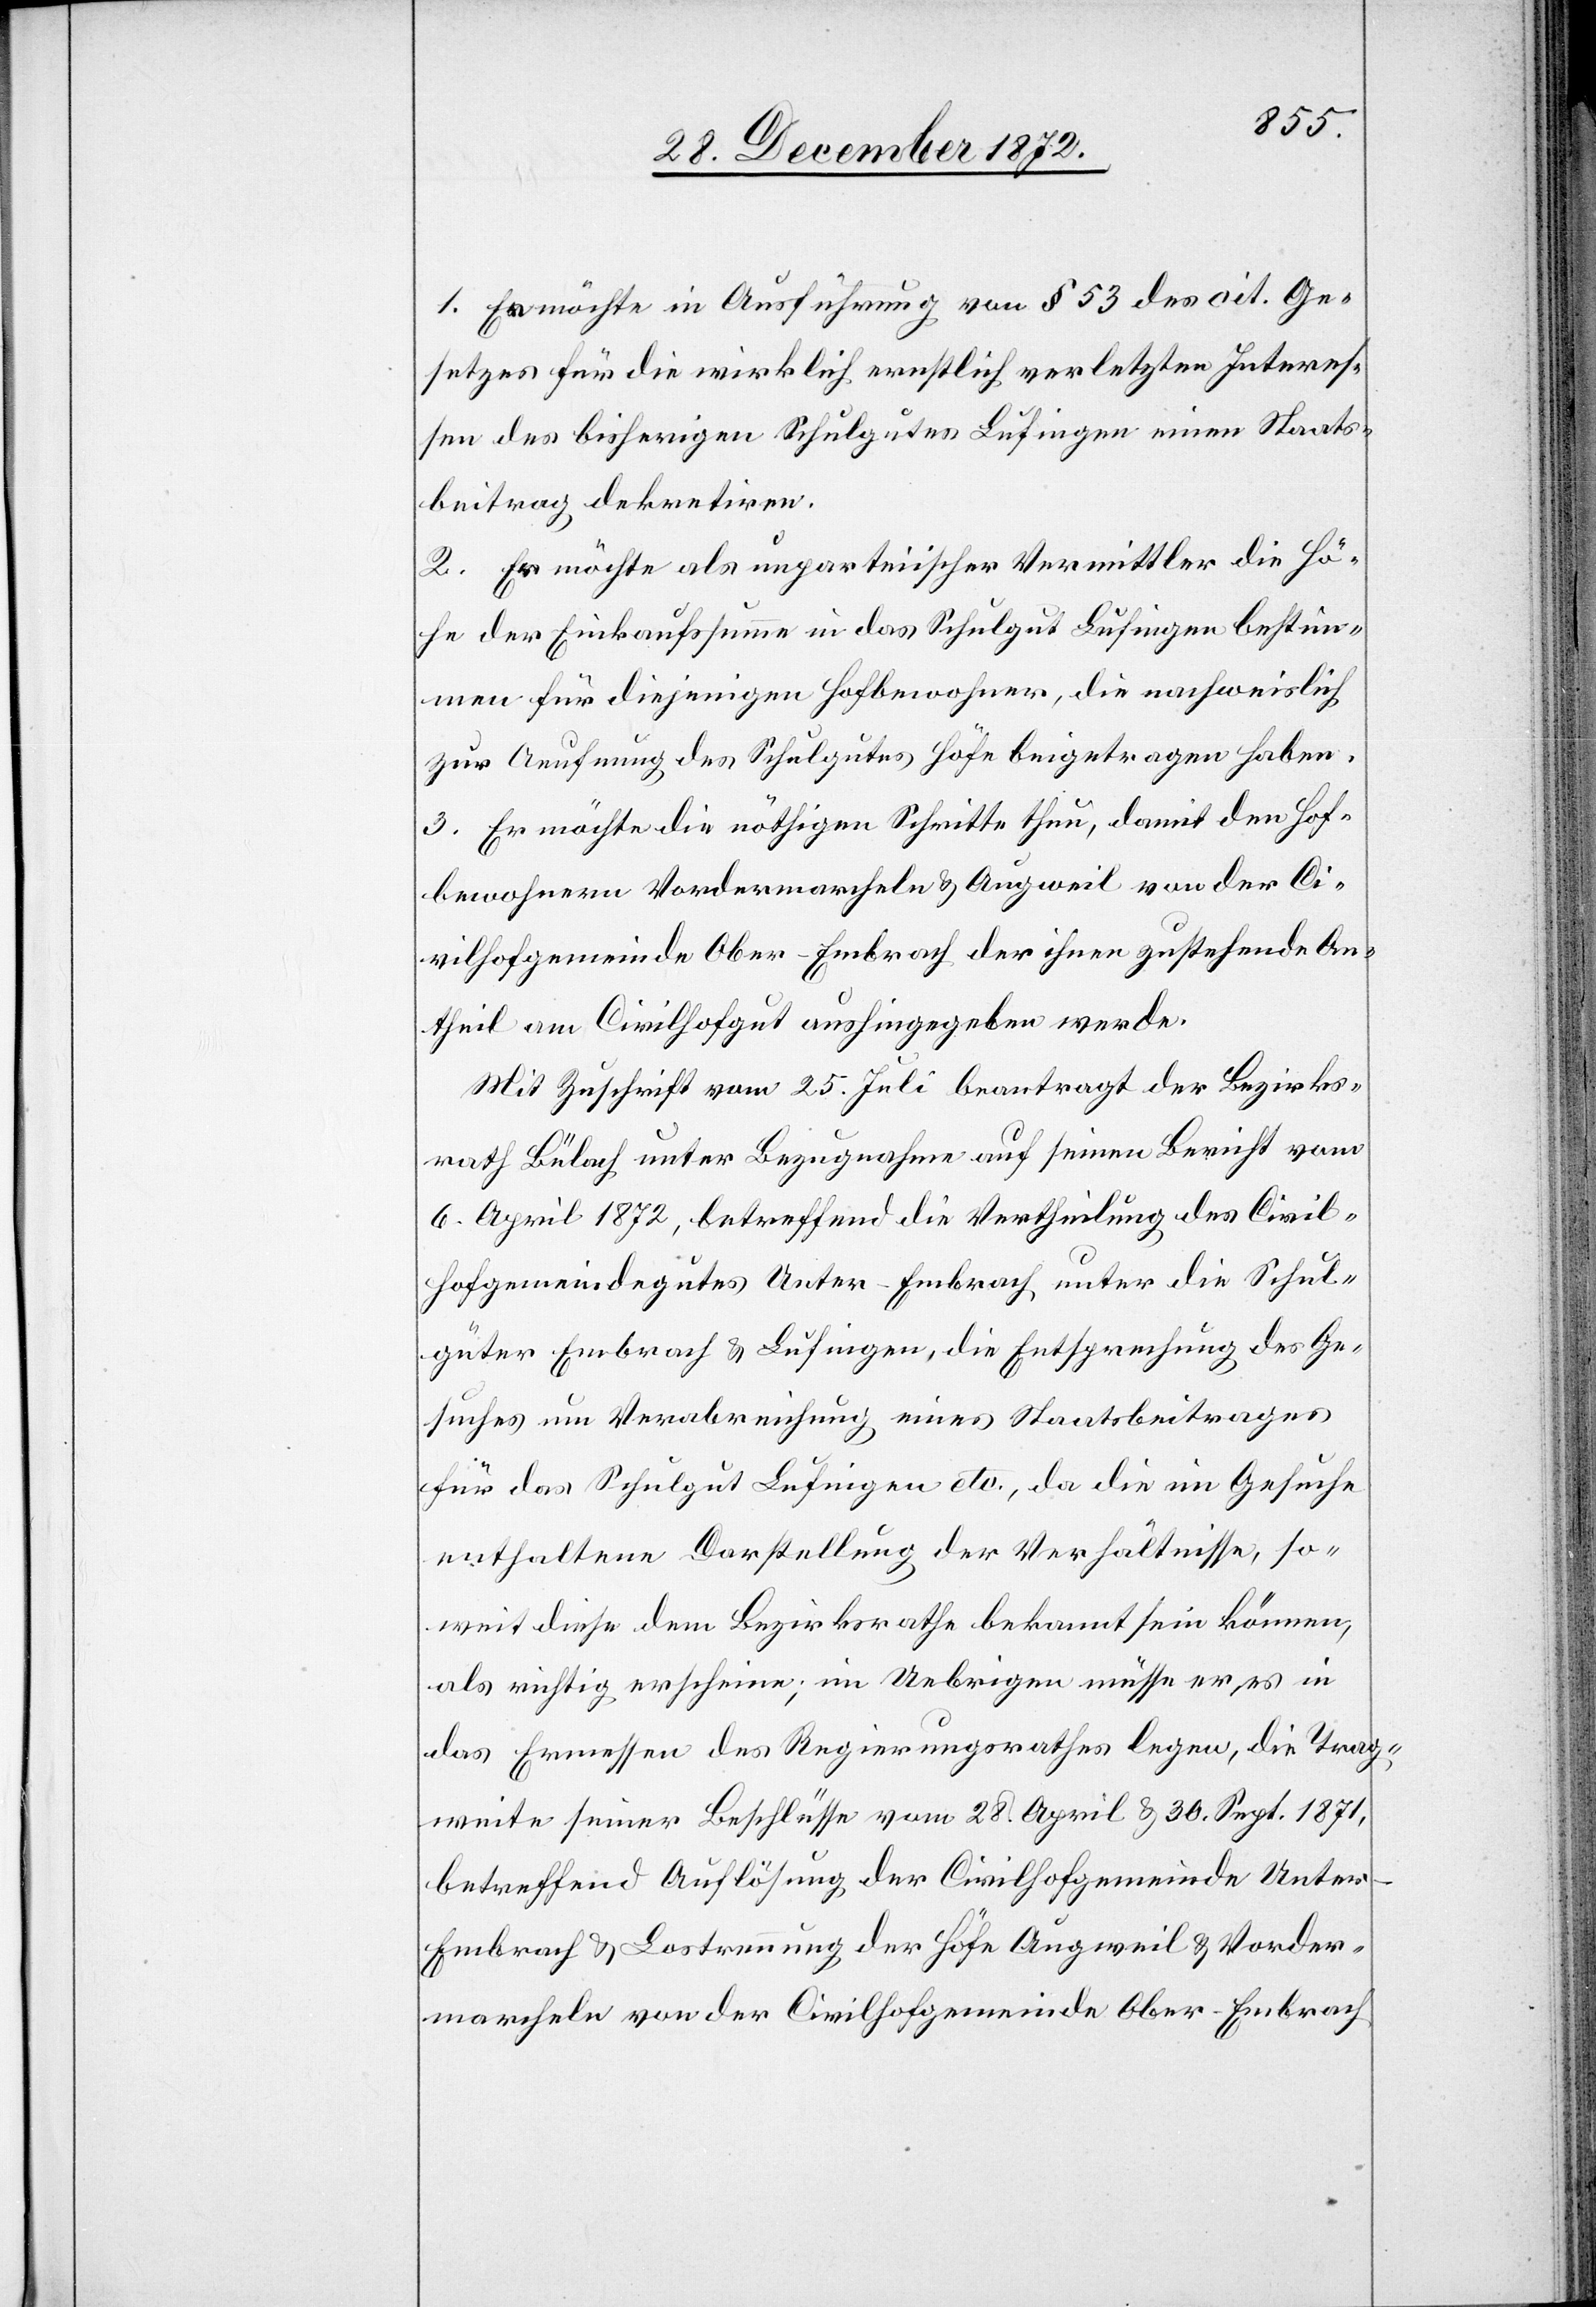
1. Es möchte in Ausführung von § 53 des cit. Ge¬
setzes für die wirklich ernstlich verletzten Interes¬
sen des bisherigen Schulgutes Lufingen einen Staats¬
beitrag dekretiren.
2. Er möchte als unparteiischer Vermittler die Hö¬
he der Einkaufssumme in das Schulgut Lufingen bestim¬
men für diejenigen Hofbewohner, die nachweislich
zur Aeufnung des Schulgutes Höfe beigetragen haben.
3. Er möchte die nöthigen Schritte thun, damit den Hof¬
bewohnern Vordermarcheln u. Augweil von der Ci¬
vilhofgemeinde Ober-Embrach der ihnen zustehende An¬
theil am Civilhofgut aushingegeben werde.
Mit Zuschrift vom 25. Juli beantragt der Bezirks¬
rath Bülach unter Bezugnahme auf seinen Bericht vom
6. April 1872, betreffend die Vertheilung des Civil¬
hofgemeindegutes Unter-Embrach unter die Schul¬
güter Embrach u. Lufingen, die Entsprechung des Ge¬
suches um Verabreichung eines Staatsbeitrages
für das Schulgut Lufingen etc., da die im Gesuche
enthaltene Darstellung der Verhältnisse, so¬
weit diese dem Bezirksrathe bekannt sein können,
als richtig erscheine; im Uebrigen müsse er es in
das Ermessen des Regierungsrathes legen, die Trag¬
weite seiner Beschlüsse vom 28. April u. 30. Sept. 1871,
betreffend Auflösung der Civilhofgemeinde Unte¬
r-Embrach u. Lostrennung der Höfe Augweil u. Vorder¬
marcheln von der Civilhofgemeinde Ober-Embrach